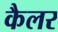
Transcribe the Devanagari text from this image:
कैलर